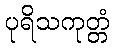
ပုရိသကုတ္တံ